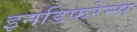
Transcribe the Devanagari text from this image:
इनडिफरेन्स